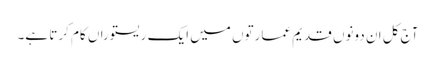
آج کل ان دونوں قدیم عمارتوں میں ایک ریستوراں کام کرتا ہے۔